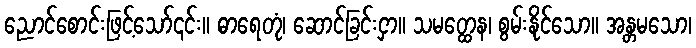
ညောင်စောင်းဖြင့်သော်၎င်း။ ဓာရေတုံ၊ ဆောင်ခြင်းငှာ။ သမတ္ထေန၊ စွမ်းနိုင်သော။ အန္တမသော၊